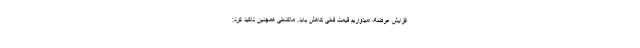
افزایش عرضه، امیدواریم قیمت فعلی کاهش یابد. ماکنعلی همچنین تاکید کرد: